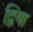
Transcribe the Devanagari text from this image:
द्विया